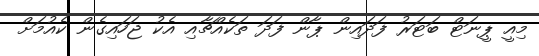
މިއީ ޕީނަޓް ބަޓަރު ފަދައިން ޕާން ފަދަ ތަކެއްޗާއި އެކު ޖަހައިގެން ކެއުމަށް